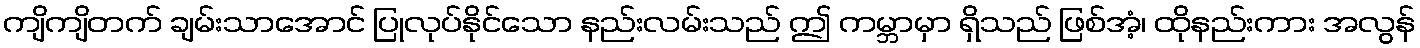
ကျိကျိတက် ချမ်းသာအောင် ပြုလုပ်နိုင်သော နည်းလမ်းသည် ဤ ကမ္ဘာမှာ ရှိသည် ဖြစ်အံ့၊ ထိုနည်းကား အလွန်